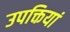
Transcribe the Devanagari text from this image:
उपक्तियां